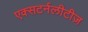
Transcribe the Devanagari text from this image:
एक्सटर्नलीटीज़